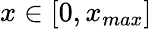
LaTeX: x\in[0,x_{max}]